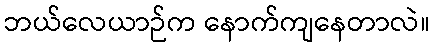
ဘယ်လေယာဉ်က နောက်ကျနေတာလဲ။